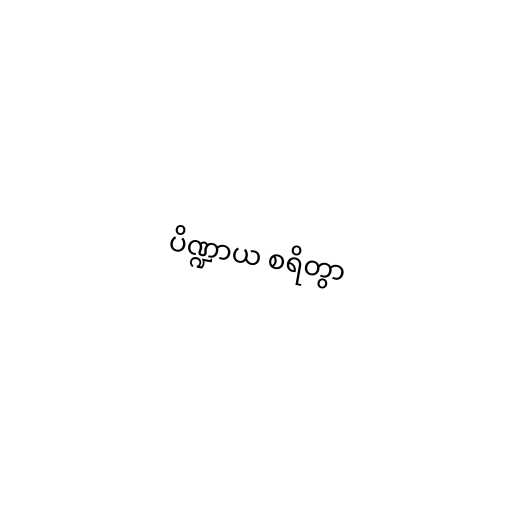
ပိဏ္ဍာယ စရိတွာ